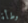
وطأة